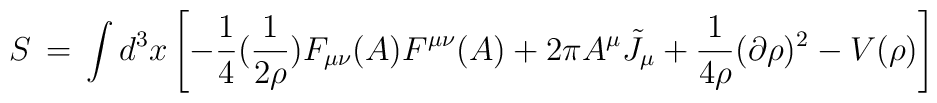
S\,=\, \int d^3x \left[ -\frac{1}{4} (\frac{1}{2\rho}) F_{\mu\nu}(A) F^{\mu\nu}(A) + 2 \pi A^\mu {\tilde J}_\mu +\frac{1}{4 \rho} (\partial \rho)^2 - V(\rho) \right]